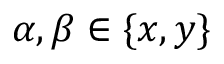
\alpha , \beta \in \{ x , y \}